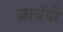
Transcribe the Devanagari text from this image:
जायंगी